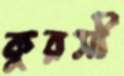
কুরসী